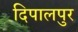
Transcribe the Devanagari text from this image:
दिपालपुर